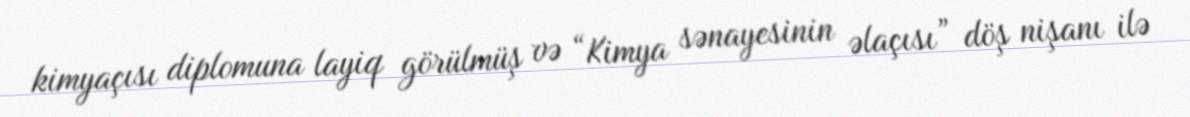
kimyaçısı diplomuna layiq görülmüş və “Kimya sənayesinin əlaçısı” döş nişanı ilə